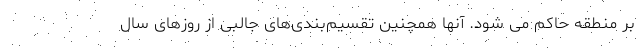
بر منطقه حاکم می شود. آنها همچنین تقسیم‌بندی‌های جالبی از روزهای سال